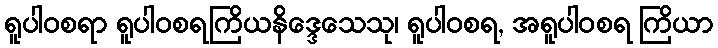
ရူပါဝစရာ ရူပါဝစရကြိယနိဒ္ဒေသေသု၊ ရူပါဝစရ, အရူပါဝစရ ကြိယာ